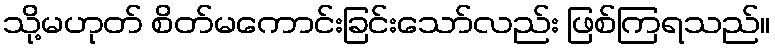
သို့မဟုတ် စိတ်မကောင်းခြင်းသော်လည်း ဖြစ်ကြရသည်။